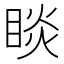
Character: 睒